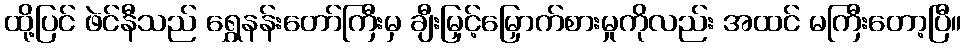
ထို့ပြင် ဖဲင်နီသည် ရွှေနန်းတော်ကြီးမှ ချီးမြှင့်မြှောက်စားမှုကိုလည်း အထင် မကြီးတော့ပြီ။